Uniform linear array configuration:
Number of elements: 64
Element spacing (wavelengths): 1
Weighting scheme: kaiser
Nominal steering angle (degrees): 0
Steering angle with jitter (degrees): -0.3538
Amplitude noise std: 0.05
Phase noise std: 0.05

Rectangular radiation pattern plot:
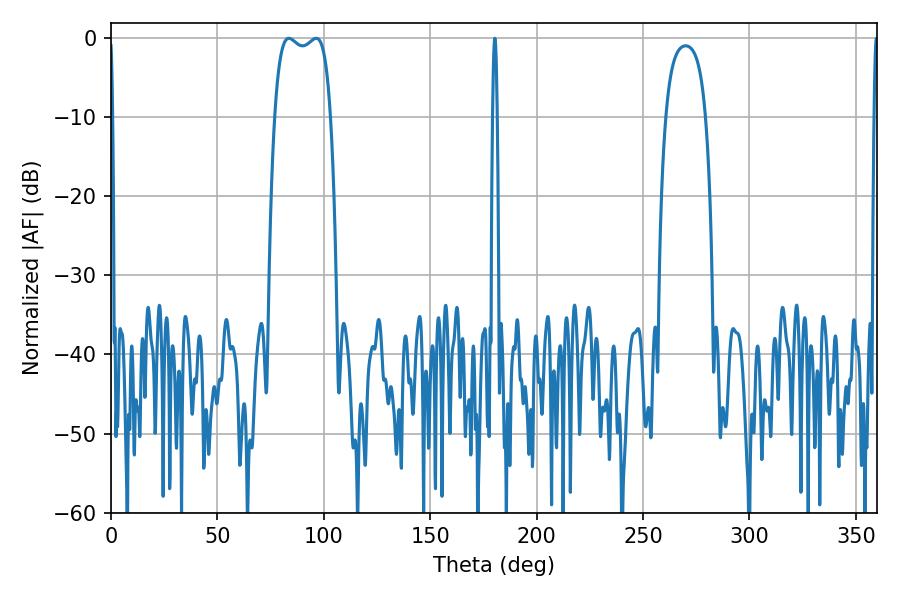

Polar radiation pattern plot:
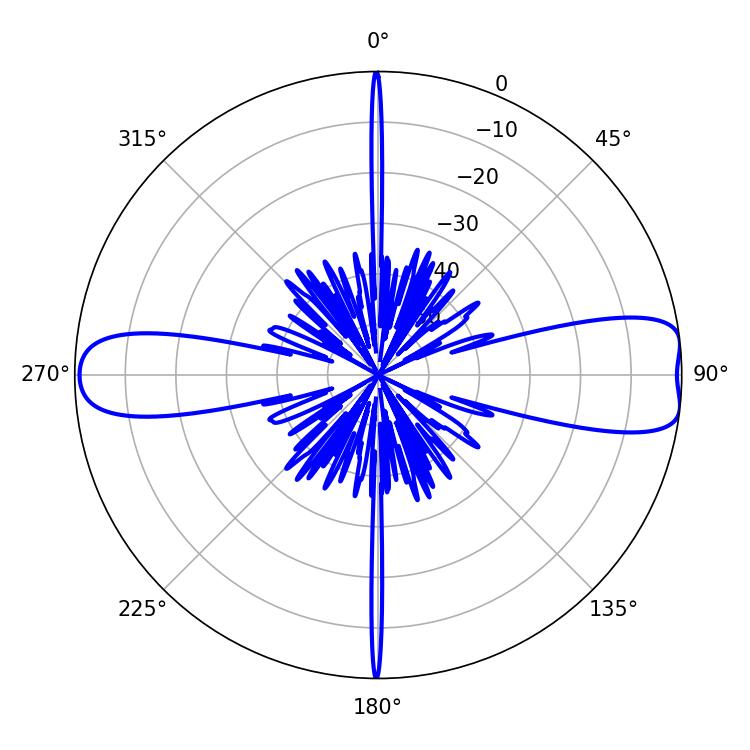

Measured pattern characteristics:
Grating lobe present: TRUE
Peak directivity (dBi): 10.705
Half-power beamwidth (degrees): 1.08
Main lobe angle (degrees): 180.36